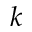
k